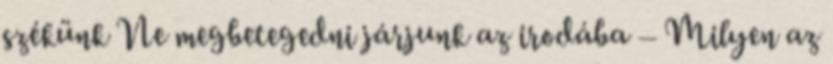
székünk Ne megbetegedni járjunk az irodába – Milyen az